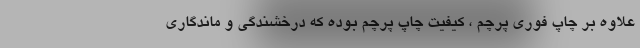
علاوه بر چاپ فوری پرچم ، کیفیت چاپ پرچم بوده که درخشندگی و ماندگاری